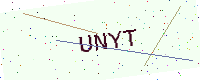
Text: UNYT